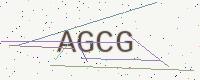
Text: AGCG